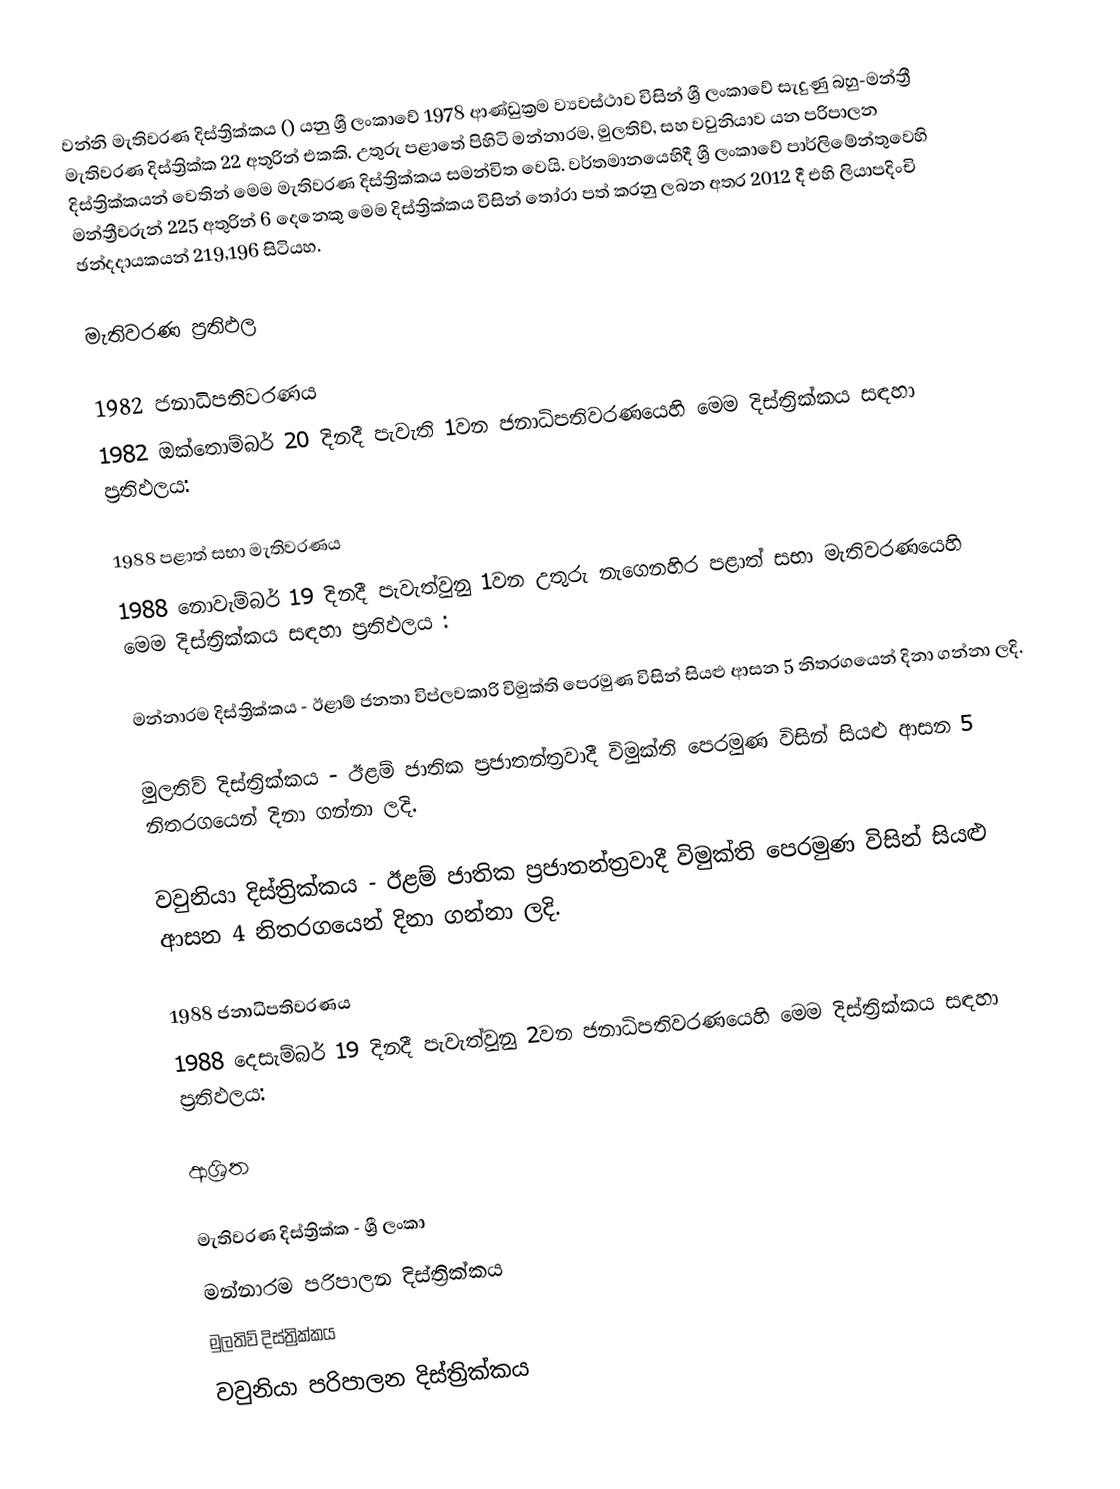
වන්නි මැතිවරණ දිස්ත්‍රික්කය  () යනු ශ්‍රී ලංකාවේ 1978 ආණ්ඩුක්‍රම ව්‍යවස්ථාව විසින් ශ්‍රී ලංකාවේ සැදුණු  බහු-මන්ත්‍රී මැතිවරණ දිස්ත්‍රික්ක 22 අතුරින් එකකි. උතුරු පළාතේ පිහිටි  මන්නාරම,  මුලතිව්,  සහ  වවුනියාව යන  පරිපාලන දිස්ත්‍රික්කයන් වෙතින් මෙම මැතිවරණ දිස්ත්‍රික්කය සමන්විත වෙයි. වර්තමානයෙහිදී  ශ්‍රී ලංකාවේ පාර්ලිමේන්තුවෙහි මන්ත්‍රීවරුන් 225 අතුරින් 6 දෙනෙකු මෙම දිස්ත්‍රික්කය විසින් තෝරා පත් කරනු ලබන අතර 2012 දී එහි ලියාපදිංචි ඡන්දදායකයන් 219,196  සිටියහ.

මැතිවරණ ප්‍රතිඵල

1982 ජනාධිපතිවරණය
1982 ඔක්තොම්බර් 20 දිනදී පැවැති 1වන ජනාධිපතිවරණයෙහි මෙම දිස්ත්‍රික්කය සඳහා ප්‍රතිඵලය:

1988 පළාත් සභා මැතිවරණය
1988 නොවැම්බර් 19 දිනදී පැවැත්වුනු 1වන උතුරු නැගෙනහිර පළාත් සභා මැතිවරණයෙහි මෙම දිස්ත්‍රික්කය සඳහා ප්‍රතිඵලය :

මන්නාරම දිස්ත්‍රික්කය - ඊළාම් ජනතා විප්ලවකාරි විමුක්ති පෙරමුණ විසින් සියළු ආසන 5 නිතරගයෙන් දිනා ගන්නා ලදි.

මුලතිව් දිස්ත්‍රික්කය - ඊළම් ජාතික ප්‍රජාතන්ත්‍රවාදී විමුක්ති පෙරමුණ විසින් සියළු ආසන 5 නිතරගයෙන් දිනා ගන්නා ලදි.

වවුනියා දිස්ත්‍රික්කය -  ඊළම් ජාතික ප්‍රජාතන්ත්‍රවාදී විමුක්ති පෙරමුණ විසින් සියළු ආසන 4 නිතරගයෙන් දිනා ගන්නා ලදි.

1988 ජනාධිපතිවරණය
1988 දෙසැම්බර් 19 දිනදී පැවැත්වුනු 2වන ජනාධිපතිවරණයෙහි මෙම දිස්ත්‍රික්කය සඳහා ප්‍රතිඵලය:

ආශ්‍රිත

මැතිවරණ දිස්ත්‍රික්ක - ශ්‍රී ලංකා
මන්නාරම පරිපාලන දිස්ත්‍රික්කය
මුලතිව් දිස්ත්‍රික්කය
වවුනියා පරිපාලන දිස්ත්‍රික්කය